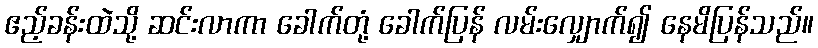
ဧည့်ခန်းထဲသို့ ဆင်းလာကာ ခေါက်တုံ့ ခေါက်ပြန် လမ်းလျှောက်၍ နေမိပြန်သည်။